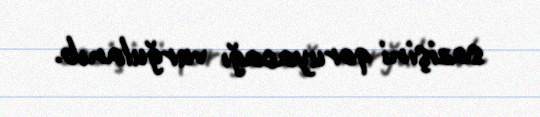
sazişini qoruyacağı vurğulanıb.